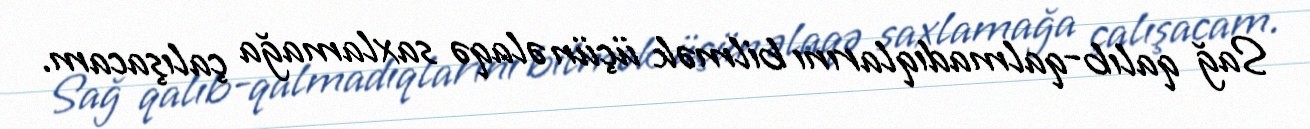
Sağ qalıb-qalmadıqlarını bilmək üçün əlaqə saxlamağa çalışacam.